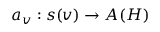
a _ { v } : s ( v ) \rightarrow A ( H )